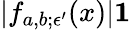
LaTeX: |f_{a,b;\epsilon^{\prime}}(x)|\le 1